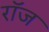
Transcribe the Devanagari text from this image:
रॉज